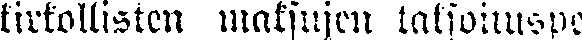
kirkollisten maksujen taksoituspe